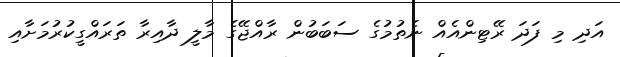
އަދި މި ފަދަ ރޭޓިންއެއް ނެތުމުގެ ސަބަބުން ރާއްޖޭގެ މާލީ ދާއިރާ ތަރައްގީކުރުމަށާއި